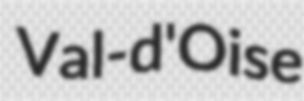
Val-d'Oise